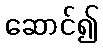
ဆောင်၍